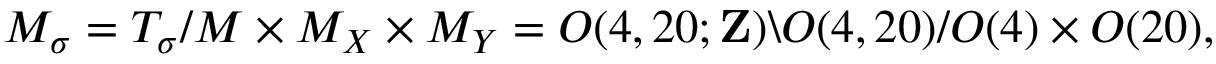
{ \cal M } _ { \sigma } = { \cal T } _ { \sigma } / { \cal M } \times { \cal M } _ { X } \times { \cal M } _ { Y } = O ( 4 , 2 0 ; { \bf Z } ) \backslash O ( 4 , 2 0 ) / O ( 4 ) \times O ( 2 0 ) ,